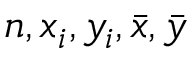
n , x _ { i } , y _ { i } , { \bar { x } } , { \bar { y } }